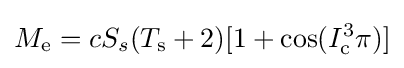
M_{\text{e}}=cS_{s}(T_{\text{s}}+2)[1+{\text{cos}}(I_{\text{c}}^{3}\pi )]